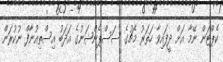
ކެޕްޓަން ނޭމާ އަށް ދީފައިވާ ހަތަރު މެޗުގެ ސަސްޕެންޝަނުގެ އަދަބު އިސްތިއުނާފް ނުކުރަން